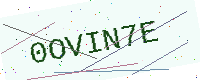
Text: 0OVIN7E